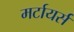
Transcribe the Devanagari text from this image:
मर्टायर्स